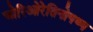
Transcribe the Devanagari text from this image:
चोरिओरेतिनोपथ्य